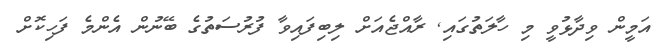
އަމީން ވިދާޅުވީ މި ހާލަތުގައި